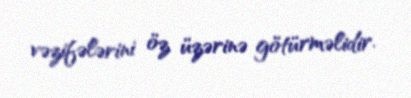
vəzifələrini öz üzərinə götürməlidir.